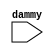
module sub(dammy);
	input dammy;
endmodule

// restrict   a,b unsigned, b!=0, 0<a,b<1000
//calc a-b with carry
module sub10bitD(a,b, q,cin, cout); //sub 10bit decimal (10bit conressponds to 1000)
	parameter N = 10;
	input [N-1:0] a,b;
	input cin; 
	output [N-1:0] q;
	output cout;
	wire [N-1:0] bc;
	assign bc = b + cin; //never overflow since a < 1000 < 2^10=1024
	assign q    = (a<bc) ?  ((10'd1000-bc)+a) : a-bc ;
	assign cout = (a<bc) ? 1 : 0;
endmodule